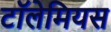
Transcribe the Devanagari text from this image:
टॉलेमियस